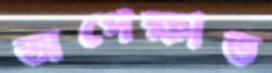
অপেক্ষাত